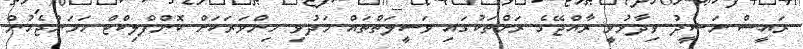
ރައީސް ނަޝީދު ވިދާޅުވީ ރާއްޖޭގެ ރަށްތަކުގައި ވަސީލަތްތައް މަދުވި މިންވަރަކަށް ކޮންފްލިކްޓް ހަމަނުޖެހުން